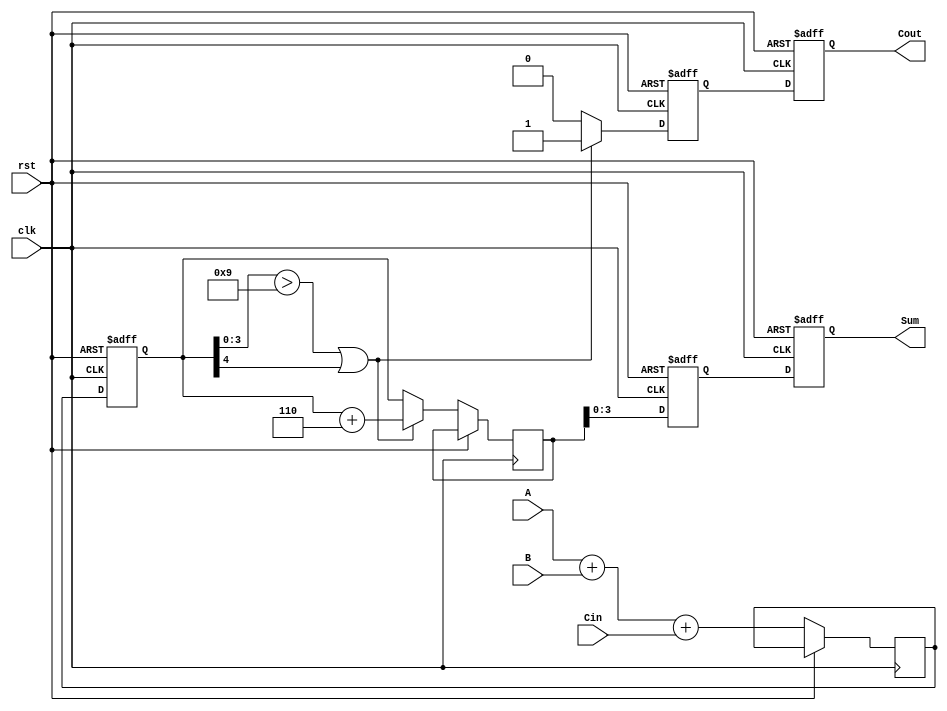
module BCD_Pipelined_Adder (
    input wire clk,          // Clock signal
    input wire rst,          // Reset signal
    input wire [3:0] A,      // BCD digit A
    input wire [3:0] B,      // BCD digit B
    input wire Cin,          // Carry-in
    output reg [3:0] Sum,    // Corrected BCD sum
    output reg Cout          // Carry-out
);

    // Intermediate signals
    reg [4:0] raw_sum;       // Raw sum from binary adder
    reg [4:0] corrected_sum; // Corrected sum after BCD correction
    reg carry_out;           // Carry-out from BCD correction

    // Pipeline registers
    reg [4:0] sum_reg;       // Register to hold raw sum
    reg [4:0] corrected_reg; // Register to hold corrected sum

    // Binary Adder
    always @(posedge clk or posedge rst) begin
        if (rst) begin
            sum_reg <= 5'b0;
        end else begin
            raw_sum <= A + B + Cin; // Perform binary addition
            sum_reg <= raw_sum;      // Store raw sum in pipeline register
        end
    end

    // BCD Correction Logic
    always @(posedge clk or posedge rst) begin
        if (rst) begin
            corrected_reg <= 5'b0;
            carry_out <= 1'b0;
        end else begin
            if (sum_reg[3:0] > 4'b1001 || sum_reg[4]) begin
                corrected_sum <= sum_reg + 5'b00110; // Add 6 for BCD correction
                carry_out <= 1'b1;                   // Set carry-out
            end else begin
                corrected_sum <= sum_reg;            // No correction needed
                carry_out <= 1'b0;                   // Clear carry-out
            end
            corrected_reg <= corrected_sum;          // Store corrected sum in pipeline register
        end
    end

    // Output Stage
    always @(posedge clk or posedge rst) begin
        if (rst) begin
            Sum <= 4'b0;
            Cout <= 1'b0;
        end else begin
            Sum <= corrected_reg[3:0]; // Output the lower 4 bits as the BCD sum
            Cout <= carry_out;         // Output carry-out
        end
    end

endmodule